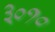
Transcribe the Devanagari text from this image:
३०१०